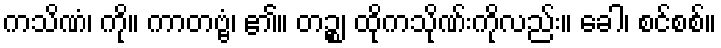
ကသိဏံ၊ ကို။ ကာတဗ္ဗံ၊ ၏။ တဉ္စ၊ ထိုကသိုဏ်းကိုလည်း။ ခေါ၊ စင်စစ်။